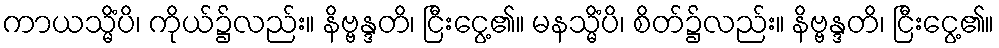
ကာယသ္မိံပိ၊ ကိုယ်၌လည်း။ နိဗ္ဗန္ဒတိ၊ ငြီးငွေ့၏။ မနသ္မိံပိ၊ စိတ်၌လည်း။ နိဗ္ဗန္ဒတိ၊ ငြီးငွေ့၏။